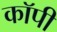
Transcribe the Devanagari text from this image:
काॅपी